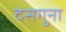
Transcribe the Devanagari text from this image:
दसगुना